Dysentery in Hazaribagh Central Jail - Number 52
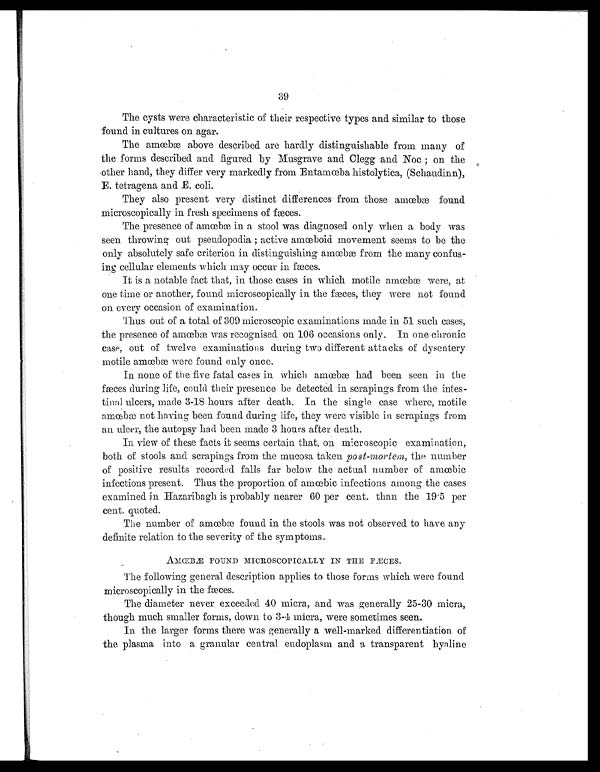
39
The cysts were characteristic of their respective types and similar to those
found in cultures on agar.
The amœbæ above described are hardly distinguishable from many of
the forms described and figured by Musgrave and Clegg and Noc ; on the
other hand, they differ very markedly from Entamœba histolytica, (Schaudinn),
E. tetragena and E. coli.
They also present very distinct differences from those amœba found
microscopically in fresh specimens of fæces.
The presence of amœbæ in a stool was diagnosed only when a body was
seen throwing out pseudopodia ; active amœboid movement seems to be the
only absolutely safe criterion in distinguishing amœbæ from the many confus-
ing cellular elements which may occur in fæces.
It is a notable fact that, in those cases in which motile amœbæ were, at
one time or another, found microscopically in the fæces, they were not found
on every occasion of examination.
Thus out of a total of 309 microscopic examinations made in 51 such cases,
the presence of amœbæ was recognised on 106 occasions only. In one chronic
case, out of twelve examinations during two different attacks of dysentery
motile amœbæ were found only once.
In none of the five fatal cases in which amœbæ had been seen in the
fæces during life, could their presence be detected in scrapings from the intes-
tinal ulcers, made 3-18 hours after death. In the single case where, motile
amœbæ not having been found during life, they were visible in scrapings from
an ulcer, the autopsy had been made 3 hours after death.
In view of these facts it seems certain that, on microscopic examination,
both of stools and scrapings from the mucosa taken post-mortem, the number
of positive results recorded falls far below the actual number of amœbic
infections present. Thus the proportion of amœbic infections among the cases
examined in Hazaribagh is probably nearer 60 per cent. than the 19 . 5 per
cent. quoted.
The number of amœbæ found in the stools was not observed to have any
definite relation to the severity of the symptoms.
AMŒBÆ FOUND MICROSCOPICALLY IN THE FÆCES.
The following general description applies to those forms which were found
microscopically in the fæces.
The diameter never exceeded 40 micra, and was generally 25-30 micra,
though much smaller forms, down to 3-4 micra, were sometimes seen.
In the larger forms there was generally a well-marked differentiation of
the plasma into a granular central endoplasm and a transparent hyaline